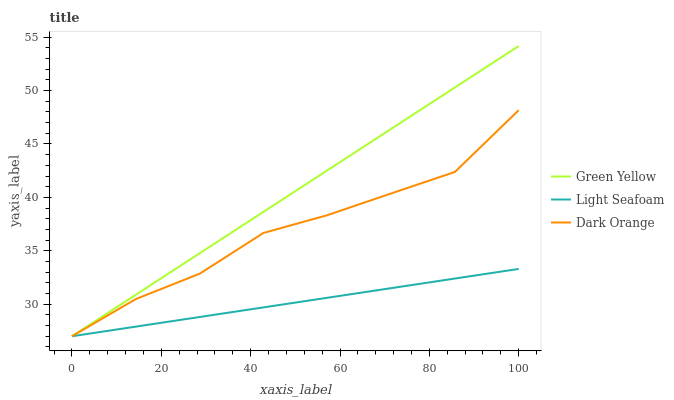
| xaxis_label | Green Yellow | Light Seafoam | Dark Orange |
 | --- | --- | --- | --- |
 | 0 | 27 | 27 | 27 |
 | 14.3 | 30.9 | 27.9 | 30.5 |
 | 28.6 | 34.8 | 28.8 | 32.9 |
 | 42.9 | 38.6 | 29.7 | 36.7 |
 | 57.1 | 42.5 | 30.6 | 38.3 |
 | 71.4 | 46.4 | 31.5 | 40.4 |
 | 85.7 | 50.3 | 32.4 | 42.4 |
 | 100 | 54.2 | 33.3 | 48.2 |